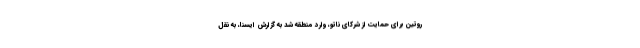
روتین برای حمایت از شرکای ناتو، وارد منطقه شد به گزارش ایسنا، به نقل